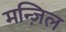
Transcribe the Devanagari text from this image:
मन्ज़िल